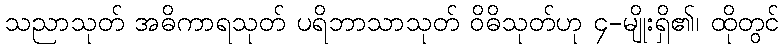
သညာသုတ် အဓိကာရသုတ် ပရိဘာသာသုတ် ဝိဓိသုတ်ဟု ၄-မျိုးရှိ၏၊ ထိုတွင်